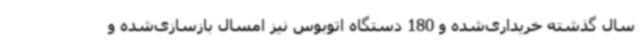
سال گذشته خریداری‌شده و 180 دستگاه اتوبوس نیز امسال بازسازی‌شده و